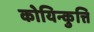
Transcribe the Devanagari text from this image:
कोयिन्कुत्ति